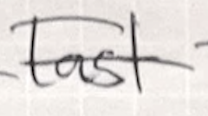
Text: last
Cross-out: double-line
Writing tool: ballpoint